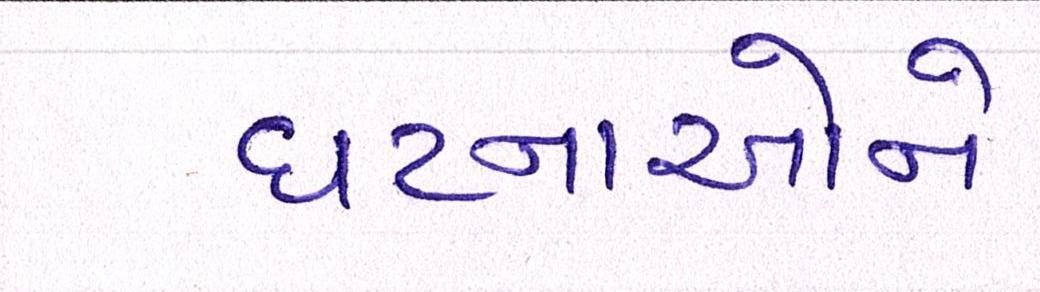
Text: ઘટનાઓને